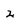
Character: 2